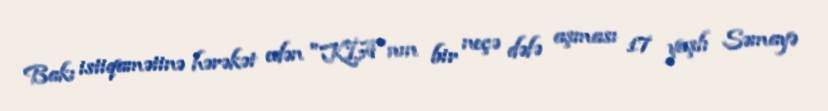
Bakı istiqamətinə hərəkət edən "KİA"nın bir neçə dəfə aşması 17 yaşlı Səmayə